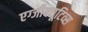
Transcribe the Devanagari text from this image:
एग्जीक्यूटिव्स